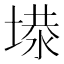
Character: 𡏏